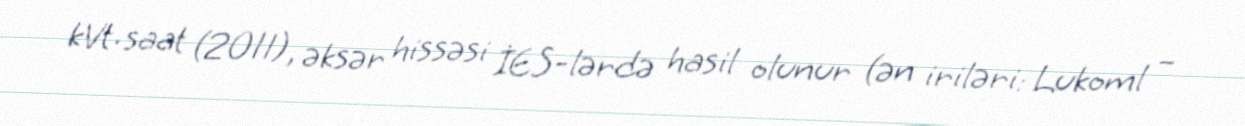
kVt·saat (2011), əksər hissəsi İES-lərdə hasil olunur (ən iriləri: Lukoml –